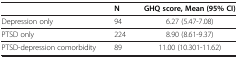
|  | N | GHQ score, Mean (95% CI) |
 | --- | --- | --- |
 | Depression only | 94 | 6.27 (5.47-7.08) |
 | PTSD only | 224 | 8.90 (8.61-9.37) |
 | PTSD-depression comorbidity | 89 | 11.00 (10.301-11.62) |